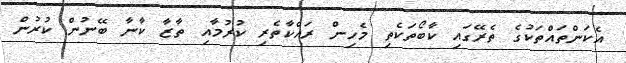
އެކަންތައްތަކުގެ ތެރޭގައި ކާބޯތަކެތި މެހިން ރައްކާތެރި ކުރުމާއި ތާޒާ ކާނާ ބޭނުން ކުރުން